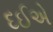
દઈએ